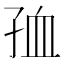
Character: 𡥠